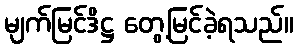
မျက်မြင်ဒိဋ္ဌ တွေ့မြင်ခဲ့ရသည်။